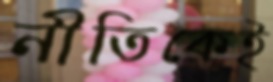
নীতিকেই